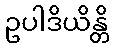
ဥပါဒိယိန္တိ